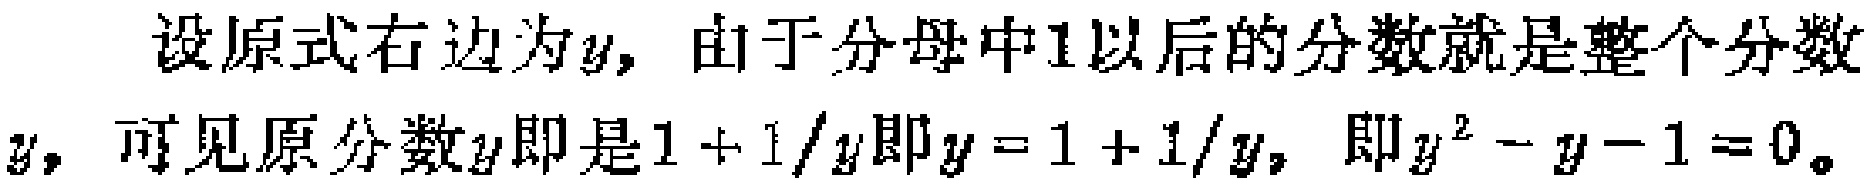
设原式右边为\(y\)，由于分母中\(1\)以后的分数就是整个分数\(y\)，可见原分数\(y\)即是\(1 + 1/y\)即\(y = 1 + 1/y\)，即\(y^{2} - y - 1 = 0\)。